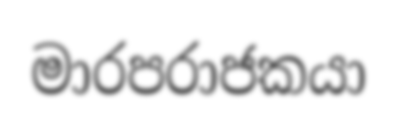
මාරපරාජකයා